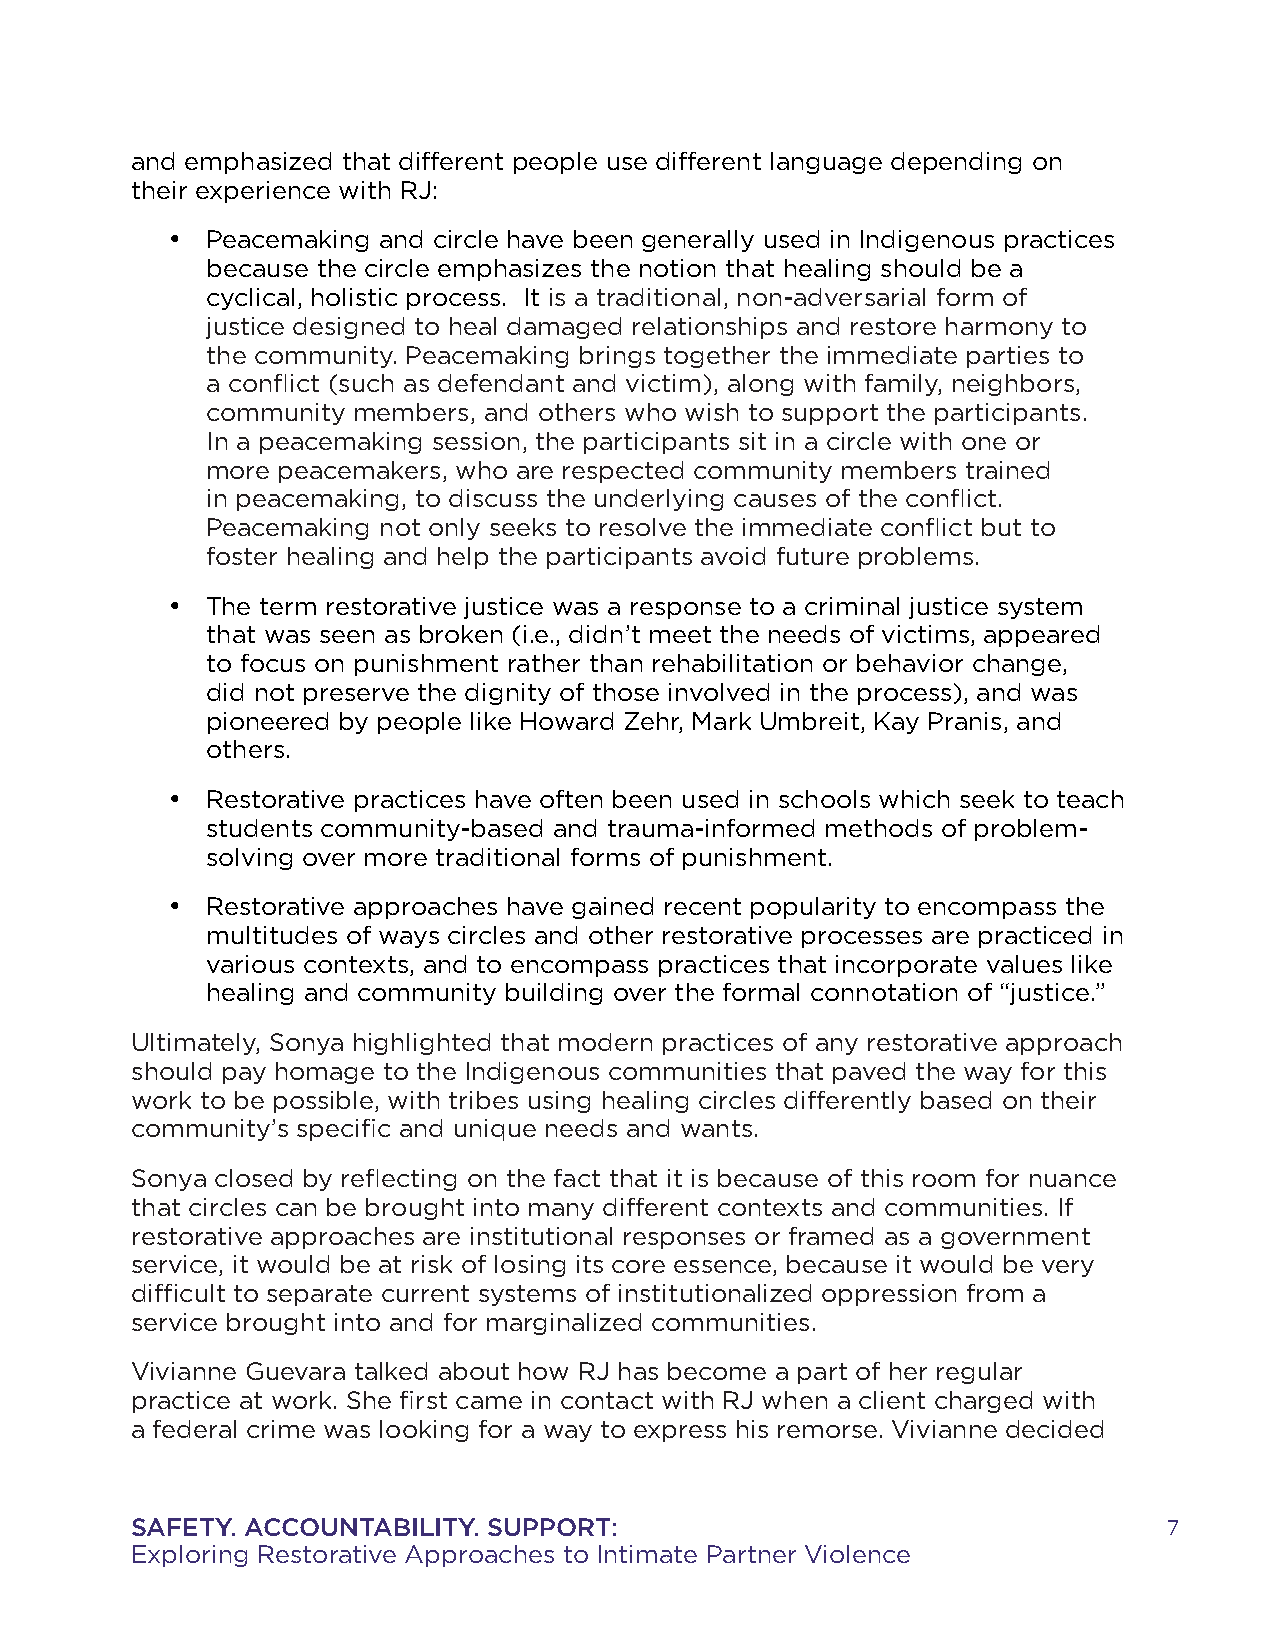
and emphasized that different people use different language depending on
 their experience with RJ:
 •  Peacemaking and circle have been generally used in Indigenous practices
 because the circle emphasizes the notion that healing should be a
 cyclical, holistic process. It is a traditional, non-adversarial form of
 justice designed to heal damaged relationships and restore harmony to
 the community. Peacemaking brings together the immediate parties to
 a conflict (such as defendant and victim), along with family, neighbors,
 community members, and others who wish to support the participants.
 In a peacemaking session, the participants sit in a circle with one or
 more peacemakers, who are respected community members trained
 in peacemaking, to discuss the underlying causes of the conflict.
 Peacemaking not only seeks to resolve the immediate conflict but to
 foster healing and help the participants avoid future problems.
 •  The term restorative justice was a response to a criminal justice system
 that was seen as broken (i.e., didn’t meet the needs of victims, appeared
 to focus on punishment rather than rehabilitation or behavior change,
 did not preserve the dignity of those involved in the process), and was
 pioneered by people like Howard Zehr, Mark Umbreit, Kay Pranis, and
 others.
 •  Restorative practices have often been used in schools which seek to teach
 students community-based and trauma-informed methods of problem-
 solving over more traditional forms of punishment.
 •  Restorative approaches have gained recent popularity to encompass the
 multitudes of ways circles and other restorative processes are practiced in
 various contexts, and to encompass practices that incorporate values like
 healing and community building over the formal connotation of “justice.”
 Ultimately, Sonya highlighted that modern practices of any restorative approach
 should pay homage to the Indigenous communities that paved the way for this
 work to be possible, with tribes using healing circles differently based on their
 community’s specific and unique needs and wants.
 Sonya closed by reflecting on the fact that it is because of this room for nuance
 that circles can be brought into many different contexts and communities. If
 restorative approaches are institutional responses or framed as a government
 service, it would be at risk of losing its core essence, because it would be very
 difficult to separate current systems of institutionalized oppression from a
 service brought into and for marginalized communities.
 Vivianne Guevara talked about how RJ has become a part of her regular
 practice at work. She first came in contact with RJ when a client charged with
 a federal crime was looking for a way to express his remorse. Vivianne decided
 SAFETY. ACCOUNTABILITY. SUPPORT:                                    7
 Exploring Restorative Approaches to Intimate Partner Violence